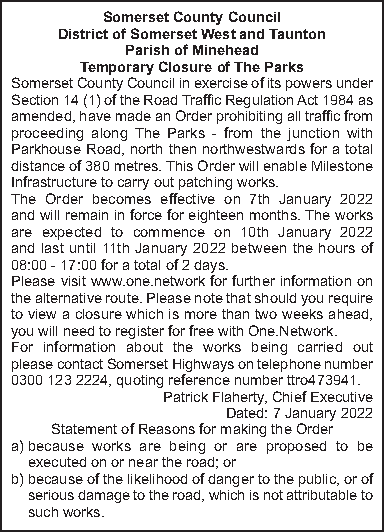
SomersetCountyCouncil
 DistrictofSomersetWestandTaunton
 ParishofMinehead
 TemporaryClosureofTheParks
 SomersetCountyCouncilinexerciseofitspowersunder
 Section14(1)oftheRoadTrafficRegulationAct1984as
 amended,havemadeanOrderprohibitingalltrafficfrom
 proceeding along The Parks - from the junction with
 ParkhouseRoad,norththennorthwestwardsforatotal
 distanceof380metres.ThisOrderwillenableMilestone
 Infrastructuretocarryoutpatchingworks.
 The Order becomes effective on 7th January 2022
 andwillremaininforceforeighteenmonths.Theworks
 are expected to commence on 10th January 2022
 andlastuntil11thJanuary2022betweenthehoursof
 08:00-17:00foratotalof2days.
 Pleasevisitwww.one.networkforfurtherinformationon
 thealternativeroute.Pleasenotethatshouldyourequire
 toviewaclosurewhichismorethantwoweeksahead,
 youwillneedtoregisterforfreewithOne.Network.
 For information about the works being carried out
 pleasecontactSomersetHighwaysontelephonenumber
 03001232224,quotingreferencenumberttro473941.
 PatrickFlaherty,ChiefExecutive
 Dated:7January2022
 StatementofReasonsformakingtheOrder
 a)because works are being or are proposed to be
 executedonorneartheroad;or
 b)becauseofthelikelihoodofdangertothepublic,orof
 seriousdamagetotheroad,whichisnotattributableto
 suchworks.